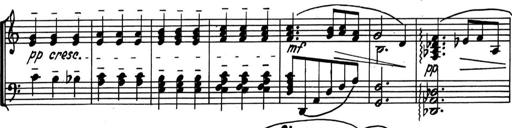
Title: Kleine Sonate
Composer: Raoul Koczalski
Key: C major